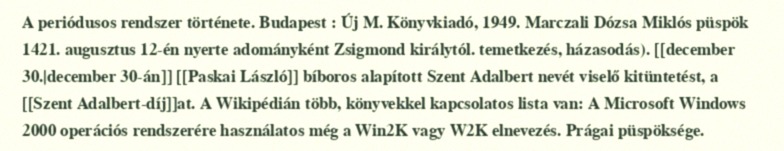
A periódusos rendszer története. Budapest : Új M. Könyvkiadó, 1949. Marczali Dózsa Miklós püspök 1421. augusztus 12-én nyerte adományként Zsigmond királytól. temetkezés, házasodás). [[december 30.|december 30-án]] [[Paskai László]] bíboros alapított Szent Adalbert nevét viselő kitüntetést, a [[Szent Adalbert-díj]]at. A Wikipédián több, könyvekkel kapcsolatos lista van: A Microsoft Windows 2000 operációs rendszerére használatos még a Win2K vagy W2K elnevezés. Prágai püspöksége.